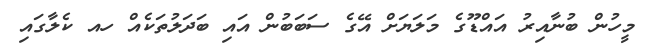
މީހުން ބުނާއިރު އައްޑޫގެ މަލަޔަށް އޭގެ ސަބަބުން އައި ބަދަލުތަކެއް ހއ ކެލާގައި